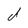
Character: d